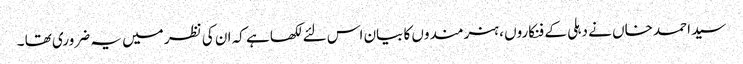
سید احمد خاں نے دہلی کے فنکاروں ، ہنرمندوں کا بیان اس لئے لکھا ہے کہ ان کی نظر میں یہ ضروری تھا ۔